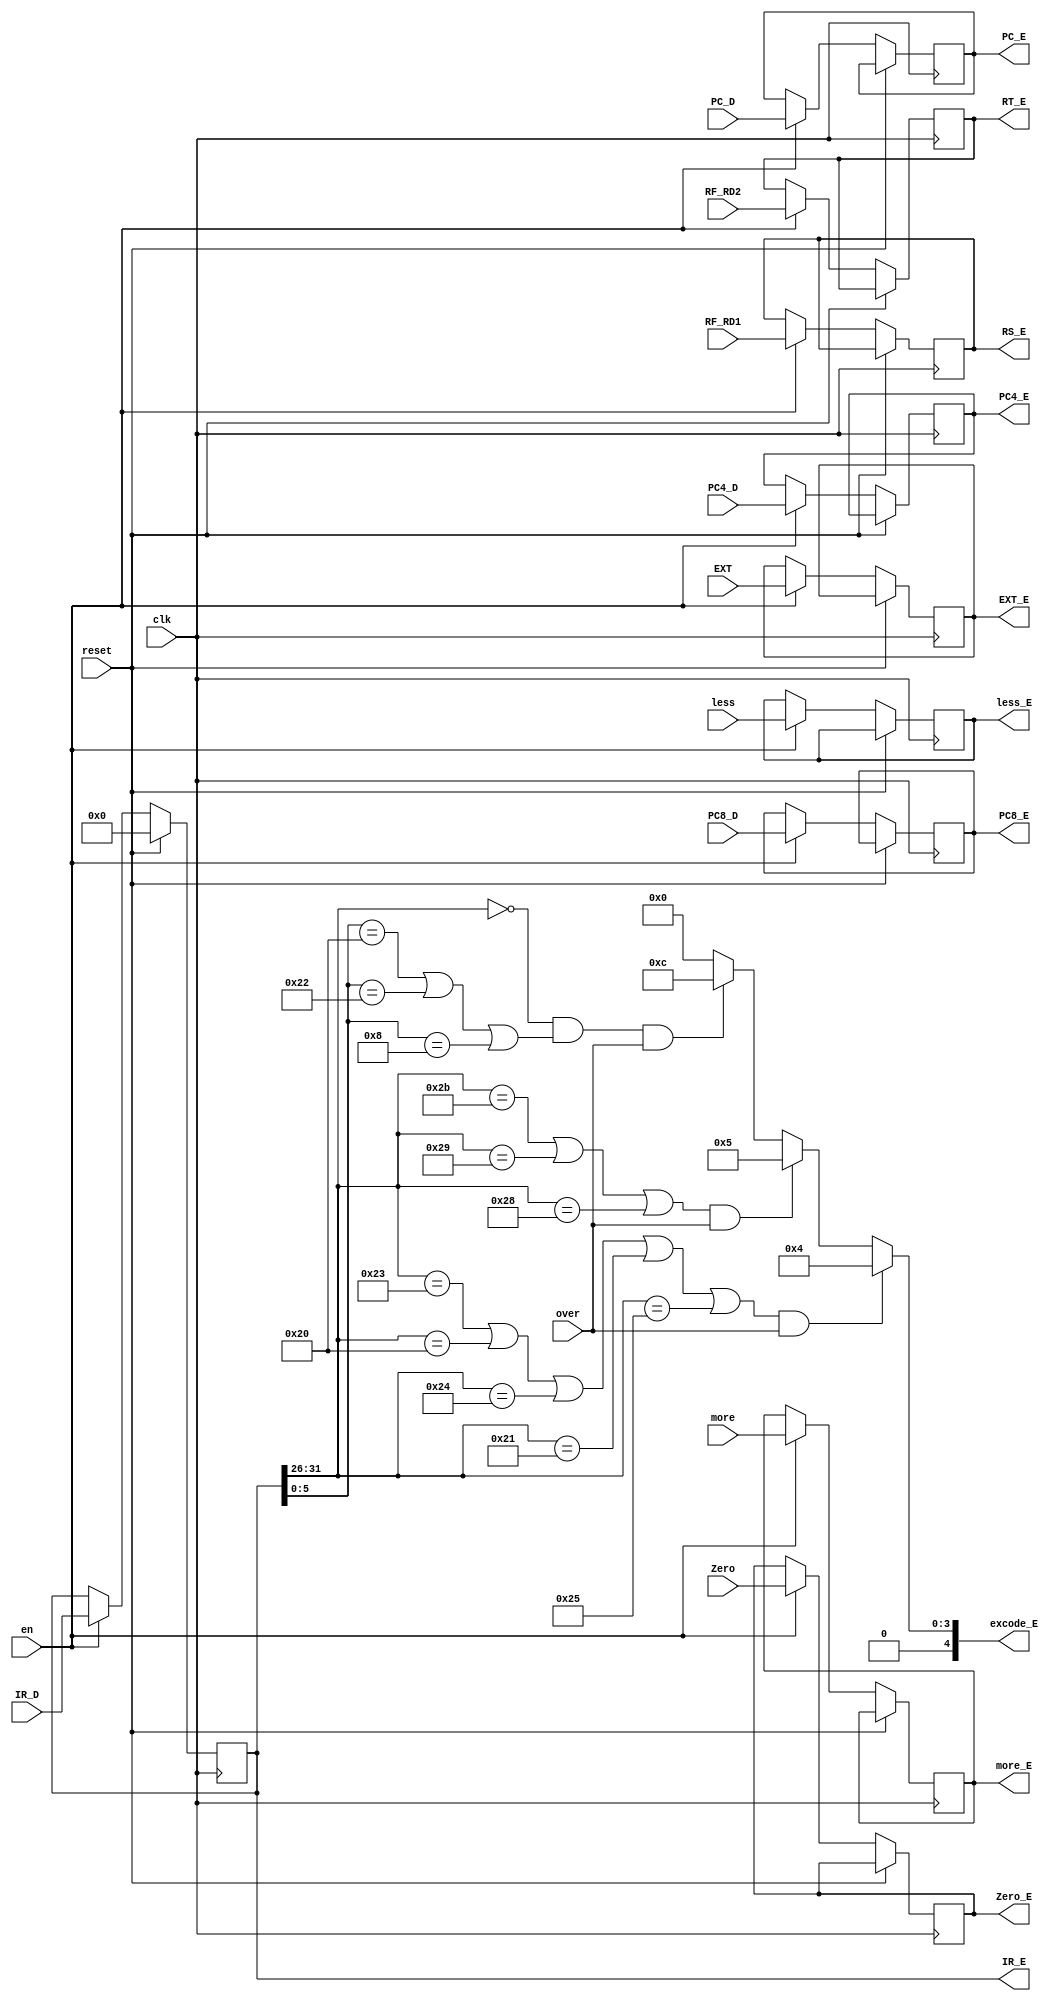
`timescale 1ns / 1ps
//////////////////////////////////////////////////////////////////////////////////
// Company: 
// Engineer: 
// 
// Design Name: 
// Module Name:    EX 
// Project Name: 
// Target Devices: 
// Tool versions: 
// Description: 
//
// Dependencies: 
//
// Revision: 
// Revision 0.01 - File Created
// Additional Comments: 
//
//////////////////////////////////////////////////////////////////////////////////
module EX(
    input clk,
    input reset,
    input en,
	 input over,
    input [31:0] IR_D,
	 input [31:0] PC_D,
    input [31:0] PC4_D,
    input [31:0] PC8_D,
    input [31:0] RF_RD1,
    input [31:0] RF_RD2,
    input [31:0] EXT,
	 input Zero,
	 input more,
	 input less,
    output reg[31:0] IR_E,
	 output reg[31:0] PC_E,
    output reg[31:0] PC4_E,
    output reg[31:0] PC8_E,
    output reg[31:0] RS_E,
    output reg[31:0] RT_E,
    output reg[31:0] EXT_E,
	 output [6:2] excode_E,
	 output reg Zero_E,
	 output reg more_E,
	 output reg less_E
    );
	
	`define op 31:26
	`define rt 20:16
	`define func 5:0
	
	`define R 6'b000000
	`define lw 6'b100011
	`define lb 6'b100000
	`define lbu 6'b100100
	`define lh 6'b100001
	`define lhu 6'b100101
	`define sw 6'b101011
	`define sb 6'b101000
	`define sh 6'b101001
	`define add 6'b100000 
	`define sub 6'b100010
	`define addi 6'b001000
	
	initial begin
		IR_E <= 0;
	end
	
	assign excode_E = ((IR_E[`op]==`lw||IR_E[`op]==`lb||IR_E[`op]==`lbu||IR_E[`op]==`lh||IR_E[`op]==`lhu)&&over) ? 4 :
							((IR_E[`op]==`sw||IR_E[`op]==`sh||IR_E[`op]==`sb)&&over) ? 5 :
							(IR_E[`op]==`R&&(IR_E[`func]==`add||IR_E[`func]==`sub||IR_E[`func]==`addi)&&over) ? 12 : 0;
	
	always@(posedge clk) begin
		if(reset) begin
			IR_E <= 32'h00000000;
		end
		else if(en) begin
			IR_E <= IR_D;
			PC_E <= PC_D;
			PC4_E <= PC4_D;
			PC8_E <= PC8_D;
			RS_E <= RF_RD1;
			RT_E <= RF_RD2;
			EXT_E <= EXT;
			Zero_E <= Zero;
			more_E <= more;
			less_E <= less;
		end
	end
	
endmodule